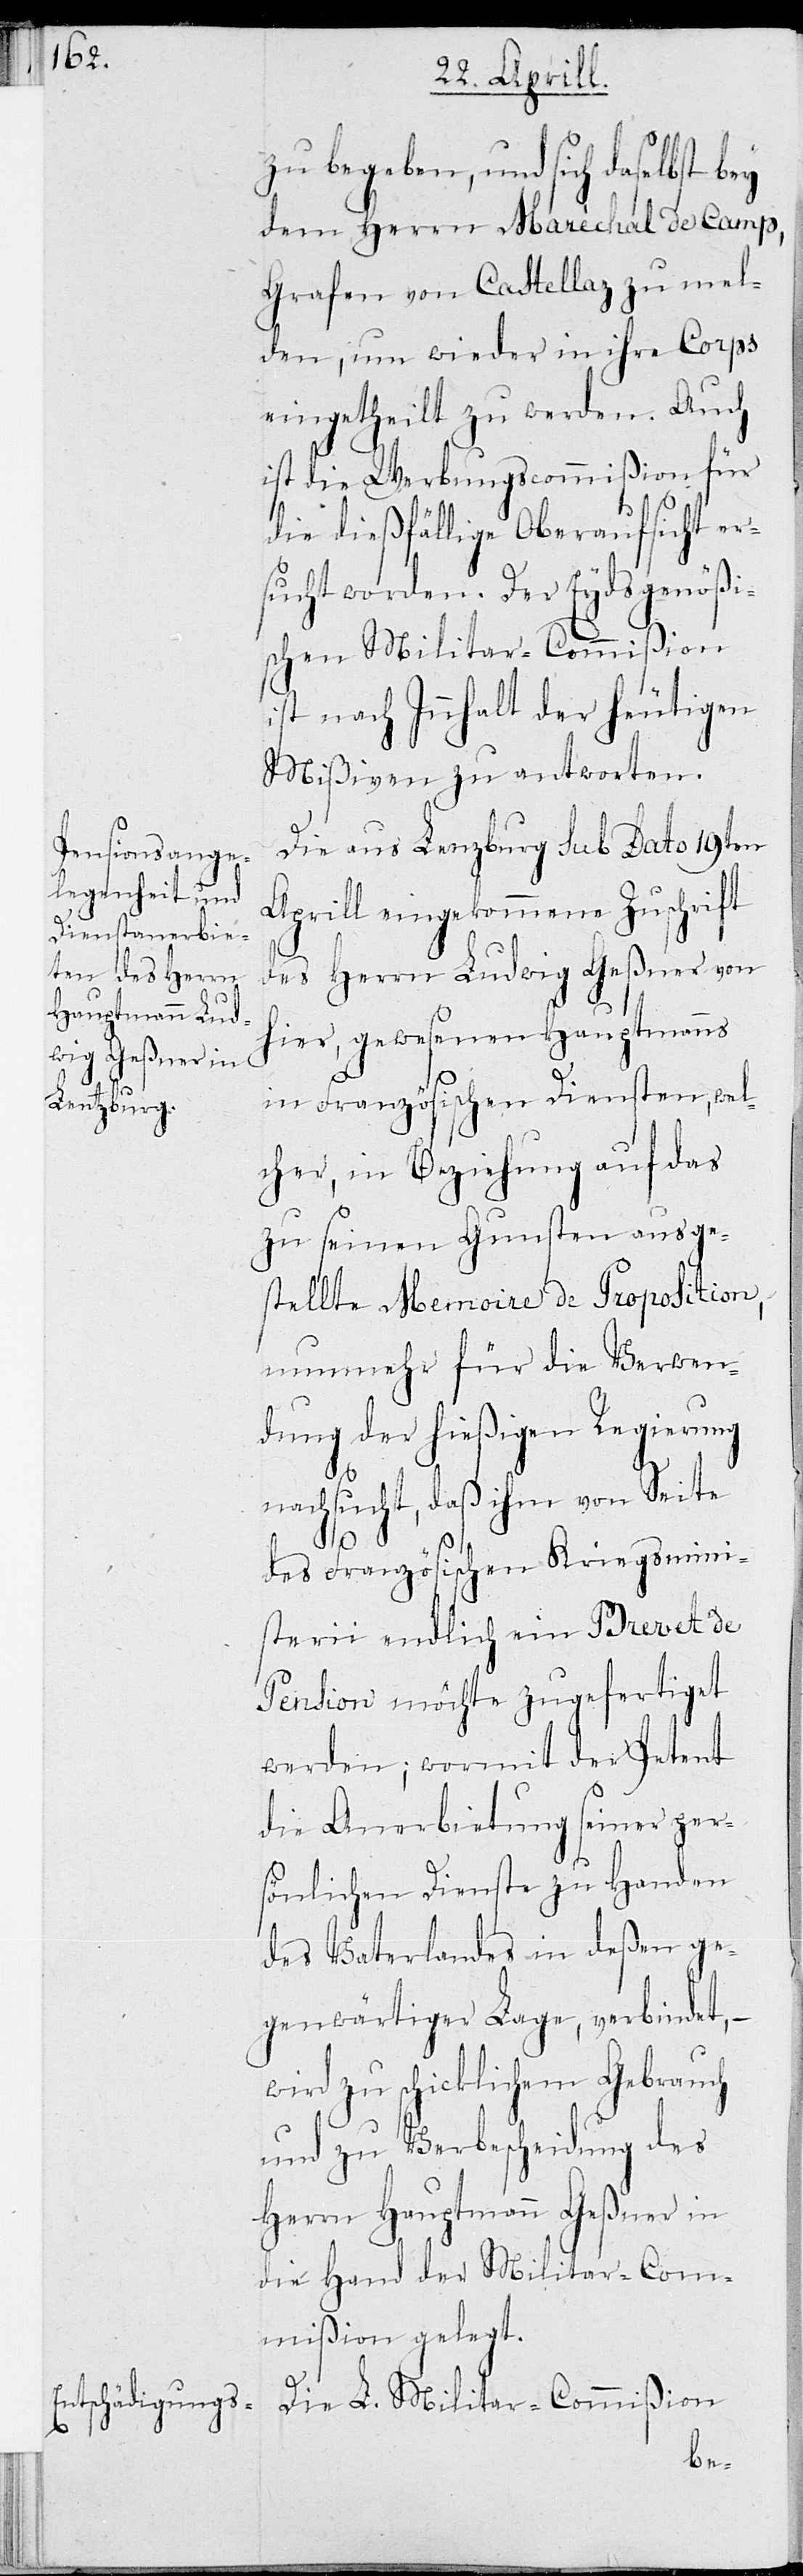
zu begeben, und sich daselbst bey
dem Herrn Maréchal de Camp,
Grafen von Castellaz zu mel¬
den, um wieder in ihre Corps
eingetheilt zu werden. Auch
ist die Werbungscommißion für
die dießfällige Oberaufsicht er¬
sucht worden. Der Eydsgenößi¬
schen Militar-Commißion
ist nach Innhalt der heutigen
Mißiven zu antworten.
Die aus Lenzburg sub Dato 19ten
Aprill eingekommene Zuschrift
des Herrn Ludwig Geßner von
hier, gewesenen Hauptmanns
in Französischen Diensten, wel¬
cher, in Beziehung auf das
zu seinen Gunsten ausge¬
stellte Memoire de Proposition,
nunmehr für die Verwen¬
dung der hießigen Regierung
nachsucht, daß ihm von Seite
des Französischen Kriegsmini¬
sterii endlich ein Brevet de
Pension möchte zugefertiget
werden; wormit der Petent
die Anerbietung seiner per¬
sönlichen Dienste zu Handen
des Vaterlandes in deßen ge¬
gewärtiger Lage, verbindet, –
wird zu schicklichem Gebrauch
und zu Verbescheidung des
Herrn Hauptmann Geßner in
die Hand der Militar-Com¬
mißion gelegt.
Die L. Militar-Commißion